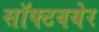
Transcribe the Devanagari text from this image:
सॉफ्टवयेर